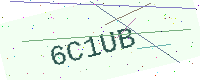
Text: 6C1UB